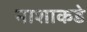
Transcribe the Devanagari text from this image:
नाशाकडे